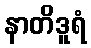
နာတိဒူရံ